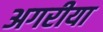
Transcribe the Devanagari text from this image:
अगरीया